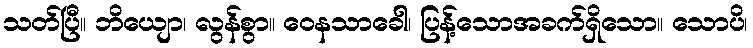
သတ်ပြီ။ ဘိယျော၊ လွန်စွာ။ ဝေနသာခေါ၊ ပြန့်သောအခက်ရှိသော။ သောပိ၊